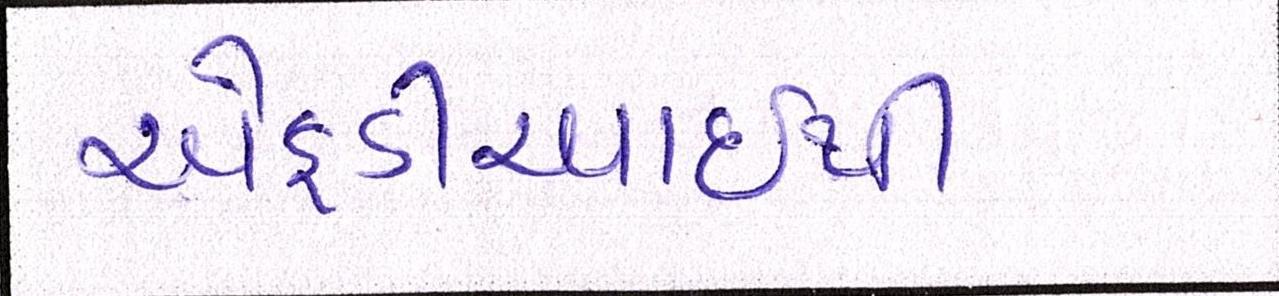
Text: એફડીઆઇથી